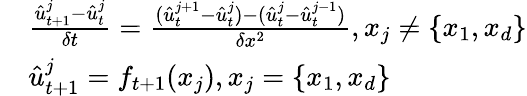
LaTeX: \begin{array}{rl}&{\frac{\hat{u}_{t+1}^{j}-\hat{u}_{t}^{j}}{\delta t}=\frac{(\hat{u}_{t}^{j+1}-\hat{u}_{t}^{j})-(\hat{u}_{t}^{j}-\hat{u}_{t}^{j-1})}{\delta x^{2}},x_{j}\neq\{ x_{1},x_{d}\} }\\ &{\hat{u}_{t+1}^{j}=f_{t+1}(x_{j}),x_{j}=\{ x_{1},x_{d}\} }\end{array}